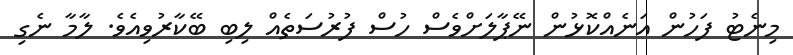
މިނެޓު ފަހުން އަނެއްކޮޅުން ނޭޕާލަށްވެސް ހުސް ފުރުސަތެއް ލިބި ބޭކާރުވިއެވެ. ލާމާ ނެގި